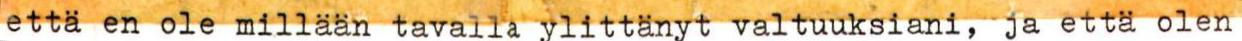
että en ole millään tavalla ylittänyt valtuuksiani, ja että olen